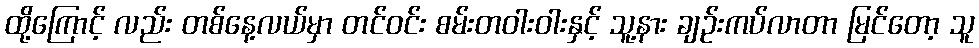
ထို့ကြောင့် လည်း တစ်နေ့လယ်မှာ တင်ဝင်း စမ်းတဝါးဝါးနှင့် သူ့နား ချဉ်းကပ်လာတာ မြင်တော့ သူ